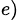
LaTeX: ^{e)}